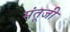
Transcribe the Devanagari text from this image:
संतूजी